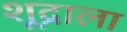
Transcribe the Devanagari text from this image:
शूद्राला